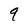
Character: 9